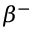
\beta ^ { - }